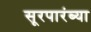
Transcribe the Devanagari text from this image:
सूरपारंब्या